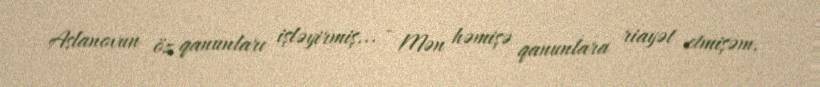
Aslanovun öz qanunları işləyirmiş... - Mən həmişə qanunlara riayət etmişəm.